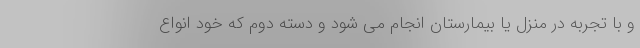
و با تجربه در منزل یا بیمارستان انجام می شود و دسته دوم که خود انواع